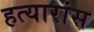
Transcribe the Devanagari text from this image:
हत्यारांस